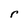
Character: r